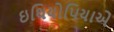
ઇથિયોપિયાએ